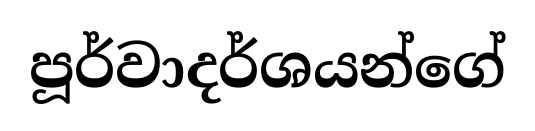
පූර්වාදර්ශයන්ගේ